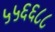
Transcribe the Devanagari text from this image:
५५६६८८